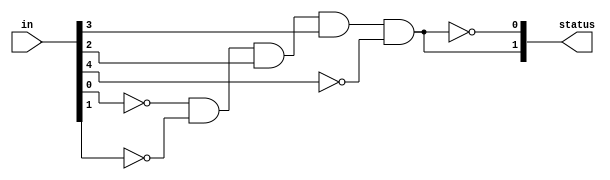


module digital_safe(
    output [1:0]status,
    input [4:0]in
    );
    
    parameter code=5'b01100;
    
    assign status[1]=~(in[0]^code[0])& ~(in[1]^code[1]) & ~(in[2]^code[2]) & ~(in[3]^code[3]) & ~(in[4]^code[4]);
    assign status[0]=~status[1];
    
    
endmodule